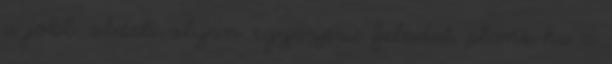
a jobb oldali olyan egyszeru feladat, plane ha a